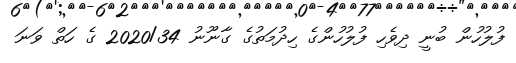
ފުލުހުން ބުނީ ދިވެހި ފުލުހުންގެ ހިދުމަތުގެ ގާނޫނު 2020/34 ގެ ހަތް ވަނަ